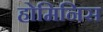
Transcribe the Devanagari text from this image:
होमिनिस